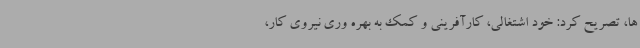
ها، تصریح کرد: خود اشتغالی، کارآفرینی و کمک به بهره وری نیروی کار،